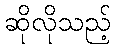
ဆိုလိုသည့်